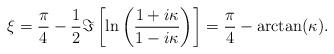
LaTeX: \begin{align*}\xi = {\pi\over4} - {1\over2} \Im\left[\ln\left({1+i\kappa\over1-i\kappa}\right)\right] = {\pi\over4} - \arctan(\kappa).\end{align*}